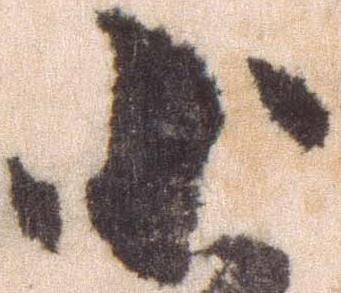
小